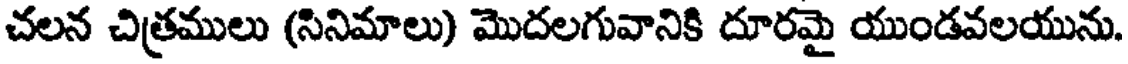
చలన చిత్రములు (సినిమాలు) మొదలగువానికి దూరమై యుండవలయును.